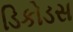
ડિકોડસ